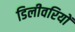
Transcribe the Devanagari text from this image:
डिलीवरियों